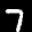
Label: 7